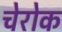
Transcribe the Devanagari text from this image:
चेरोक